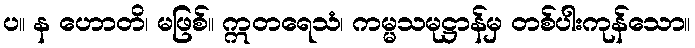
ပ။ န ဟောတိ၊ မဖြစ်။ ဣတရေသံ၊ ကမ္မသမုဋ္ဌာန်မှ တစ်ပါးကုန်သော။